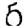
Digit: 5